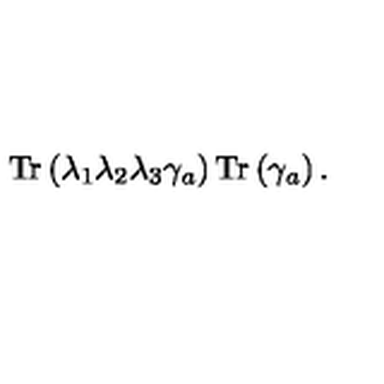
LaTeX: \mathrm { T r } \left( \lambda _ { 1 } \lambda _ { 2 } \lambda _ { 3 } \gamma _ { a } \right) \mathrm { T r } \left( \gamma _ { a } \right) .